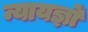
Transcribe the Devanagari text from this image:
न्यायज्ञों